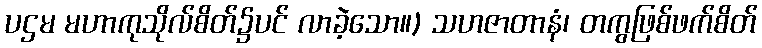
ပဌမ မဟာကုသိုလ်စိတ်၌ပင် လာခဲ့သော။) သဟဇာတာနံ၊ တကွဖြစ်ဖက်စိတ်